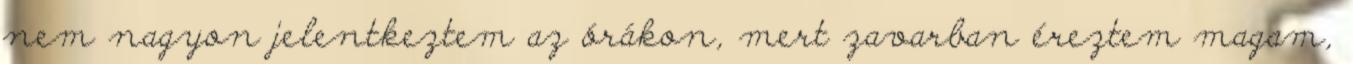
nem nagyon jelentkeztem az órákon, mert zavarban éreztem magam,